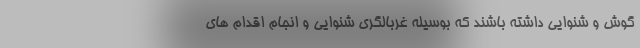
گوش و شنوایی داشته باشند که بوسیله غربالگری شنوایی و انجام اقدام های